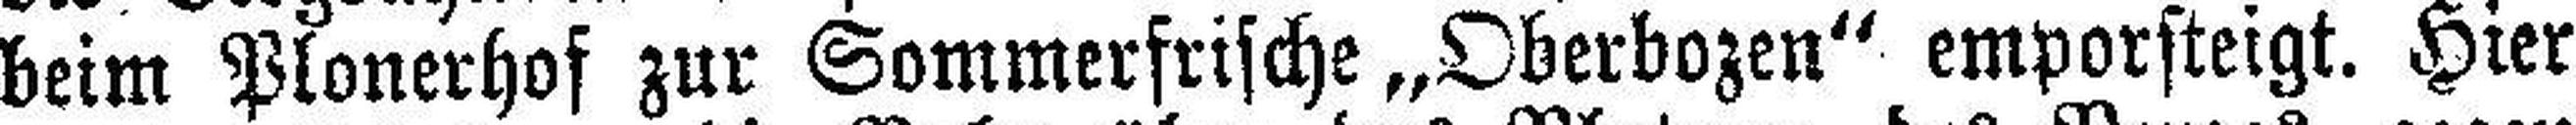
beim Plonerhof zur Sommerfrische „Oberbozen" emporsteigt. Hier